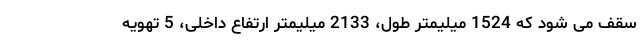
سقف می شود که 1524 میلیمتر طول، 2133 میلیمتر ارتفاع داخلی، 5 تهویه